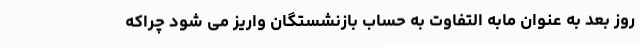
روز بعد به عنوان مابه التفاوت به حساب بازنشستگان واریز می شود چراکه